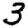
Digit: 3